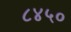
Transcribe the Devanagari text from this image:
८४५०